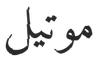
موتیل